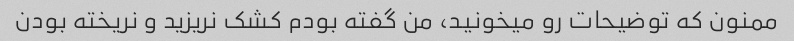
ممنون که توضیحات رو میخونید، من گفته بودم کشک نریزید و نریخته بودن